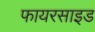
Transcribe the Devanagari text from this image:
फायरसाइड